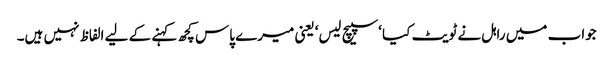
جواب میں راہل نے ٹویٹ کیا ‘سپیچ لیس‘ یعنی میرے پاس کچھ کہنے کے لیے الفاظ نہیں ہیں۔